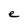
Character: e